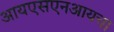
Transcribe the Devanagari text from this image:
आयएसएनआयचा